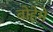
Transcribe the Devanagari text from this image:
बोहेमे